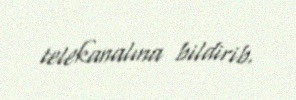
telekanalına bildirib.